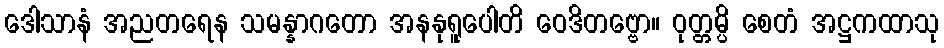
ဒေါသာနံ အညတရေန သမန္နာဂတော အနနုရူပေါတိ ဝေဒိတဗ္ဗော။ ဝုတ္တမ္ပိ စေတံ အဋ္ဌကထာသု